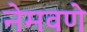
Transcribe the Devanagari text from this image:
नेमवणे